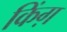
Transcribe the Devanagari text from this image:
किंग़